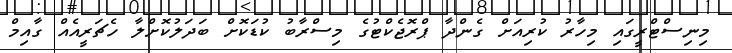
މިނިސްޓްރީގައި މިހާރު ކުރިއަށް ގެންދާ ޕްރޮޖެކްޓުގެ މިސްރާބު ކުޑަކޮށް ބަދަލުކޮށްލާ ހެޗަރީއެއް ގާއިމް